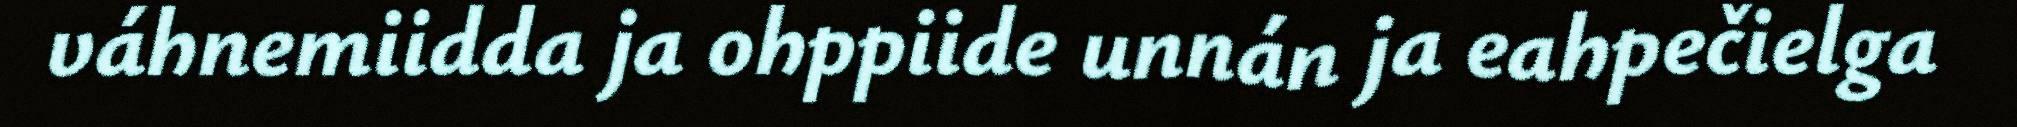
váhnemiidda ja ohppiide unnán ja eahpečielga